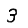
Digit: 3